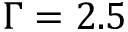
\Gamma = 2 . 5